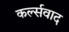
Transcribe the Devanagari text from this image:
कर्ल्सवाद